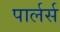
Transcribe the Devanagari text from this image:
पार्लर्स